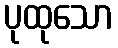
ပုထုသော